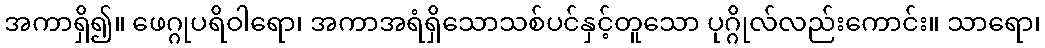
အကာရှိ၍။ ဖေဂ္ဂုပရိဝါရော၊ အကာအရံရှိသောသစ်ပင်နှင့်တူသော ပုဂ္ဂိုလ်လည်းကောင်း။ သာရော၊